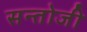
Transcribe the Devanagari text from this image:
सन्तोजी